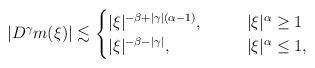
LaTeX: \begin{align*}|D^\gamma m(\xi)|\lesssim\begin{cases}|\xi|^{-\beta+|\gamma|(\alpha-1)}, \:\:\:\: & \:\:\:\: |\xi|^\alpha \geq 1\\|\xi|^{-\beta-|\gamma|}, \:\:\:\: & \:\:\:\: |\xi|^\alpha \leq 1,\end{cases}\end{align*}